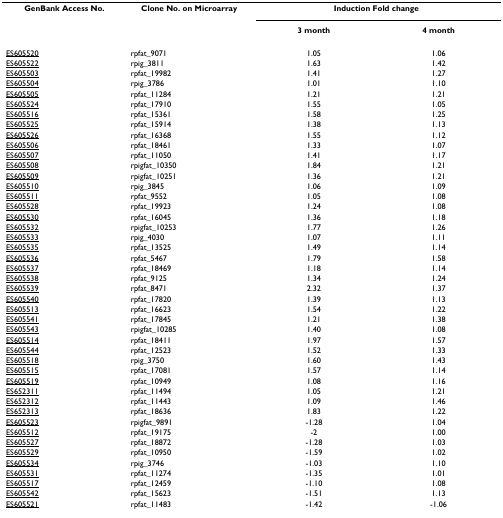
<table><thead><tr><td><b>GenBank Access No.</b></td><td><b>Clone No. on Microarray</b></td><td colspan="2"><b>Induction Fold change</b></td></tr><tr><td></td><td></td><td><b>3 month</b></td><td><b>4 month</b></td></tr></thead><tbody><tr><td>ES605520</td><td>rpfat_9071</td><td>1.05</td><td>1.06</td></tr><tr><td>ES605522</td><td>rpig_3811</td><td>1.63</td><td>1.42</td></tr><tr><td>ES605503</td><td>rpfat_19982</td><td>1.41</td><td>1.27</td></tr><tr><td>ES605504</td><td>rpig_3786</td><td>1.01</td><td>1.10</td></tr><tr><td>ES605505</td><td>rpfat_11284</td><td>1.21</td><td>1.21</td></tr><tr><td>ES605524</td><td>rpfat_17910</td><td>1.55</td><td>1.05</td></tr><tr><td>ES605516</td><td>rpfat_15361</td><td>1.58</td><td>1.25</td></tr><tr><td>ES605525</td><td>rpfat_15914</td><td>1.38</td><td>1.13</td></tr><tr><td>ES605526</td><td>rpfat_16368</td><td>1.55</td><td>1.12</td></tr><tr><td>ES605506</td><td>rpfat_18461</td><td>1.33</td><td>1.07</td></tr><tr><td>ES605507</td><td>rpfat_11050</td><td>1.41</td><td>1.17</td></tr><tr><td>ES605508</td><td>rpigfat_10350</td><td>1.84</td><td>1.21</td></tr><tr><td>ES605509</td><td>rpigfat_10251</td><td>1.36</td><td>1.21</td></tr><tr><td>ES605510</td><td>rpig_3845</td><td>1.06</td><td>1.09</td></tr><tr><td>ES605511</td><td>rpfat_9552</td><td>1.05</td><td>1.08</td></tr><tr><td>ES605528</td><td>rpfat_19923</td><td>1.24</td><td>1.08</td></tr><tr><td>ES605530</td><td>rpfat_16045</td><td>1.36</td><td>1.18</td></tr><tr><td>ES605532</td><td>rpigfat_10253</td><td>1.77</td><td>1.26</td></tr><tr><td>ES605533</td><td>rpig_4030</td><td>1.07</td><td>1.11</td></tr><tr><td>ES605535</td><td>rpfat_13525</td><td>1.49</td><td>1.14</td></tr><tr><td>ES605536</td><td>rpfat_5467</td><td>1.79</td><td>1.58</td></tr><tr><td>ES605537</td><td>rpfat_18469</td><td>1.18</td><td>1.14</td></tr><tr><td>ES605538</td><td>rpfat_9125</td><td>1.34</td><td>1.24</td></tr><tr><td>ES605539</td><td>rpfat_8471</td><td>2.32</td><td>1.37</td></tr><tr><td>ES605540</td><td>rpfat_17820</td><td>1.39</td><td>1.13</td></tr><tr><td>ES605513</td><td>rpfat_16623</td><td>1.54</td><td>1.22</td></tr><tr><td>ES605541</td><td>rpfat_17845</td><td>1.21</td><td>1.38</td></tr><tr><td>ES605543</td><td>rpigfat_10285</td><td>1.40</td><td>1.08</td></tr><tr><td>ES605514</td><td>rpfat_18411</td><td>1.97</td><td>1.57</td></tr><tr><td>ES605544</td><td>rpfat_12523</td><td>1.52</td><td>1.33</td></tr><tr><td>ES605518</td><td>rpig_3750</td><td>1.60</td><td>1.43</td></tr><tr><td>ES605515</td><td>rpfat_17081</td><td>1.57</td><td>1.14</td></tr><tr><td>ES605519</td><td>rpfat_10949</td><td>1.08</td><td>1.16</td></tr><tr><td>ES652311</td><td>rpfat_11494</td><td>1.05</td><td>1.21</td></tr><tr><td>ES652312</td><td>rpfat_11443</td><td>1.09</td><td>1.46</td></tr><tr><td>ES652313</td><td>rpfat_18636</td><td>1.83</td><td>1.22</td></tr><tr><td>ES605523</td><td>rpigfat_9891</td><td>-1.28</td><td>1.04</td></tr><tr><td>ES605512</td><td>rpfat_19175</td><td>-2</td><td>1.00</td></tr><tr><td>ES605527</td><td>rpfat_18872</td><td>-1.28</td><td>1.03</td></tr><tr><td>ES605529</td><td>rpfat_10950</td><td>-1.59</td><td>1.02</td></tr><tr><td>ES605534</td><td>rpig_3746</td><td>-1.03</td><td>1.10</td></tr><tr><td>ES605531</td><td>rpfat_11274</td><td>-1.35</td><td>1.01</td></tr><tr><td>ES605517</td><td>rpfat_12459</td><td>-1.10</td><td>1.08</td></tr><tr><td>ES605542</td><td>rpfat_15623</td><td>-1.51</td><td>1.13</td></tr><tr><td>ES605521</td><td>rpfat_11483</td><td>-1.42</td><td>-1.06</td></tr></tbody></table>